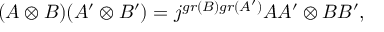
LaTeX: ( A \otimes B ) ( A ^ { \prime } \otimes B ^ { \prime } ) = j ^ { g r ( B ) g r ( A ^ { \prime } ) } A A ^ { \prime } \otimes B B ^ { \prime } ,